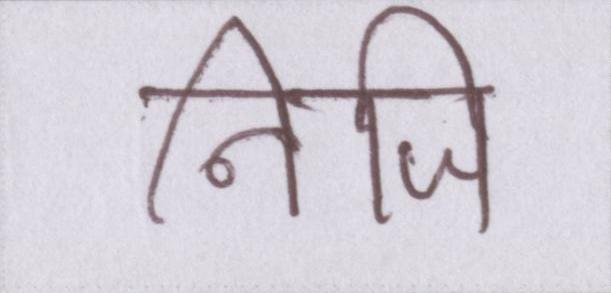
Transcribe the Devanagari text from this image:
निजि